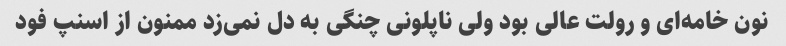
نون خامه‌ای و رولت عالی بود ولی ناپلونی چنگی به دل نمی‌زد ممنون از اسنپ فود